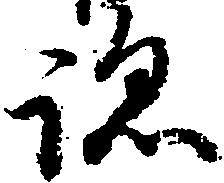
跡